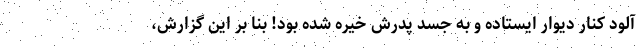
آلود کنار دیوار ایستاده و به جسد پدرش خیره شده بود! بنا بر این گزارش،